Reports on dispensaries and lunatic asylums in the Province of Oudh - 1869-1876
Year: 1869
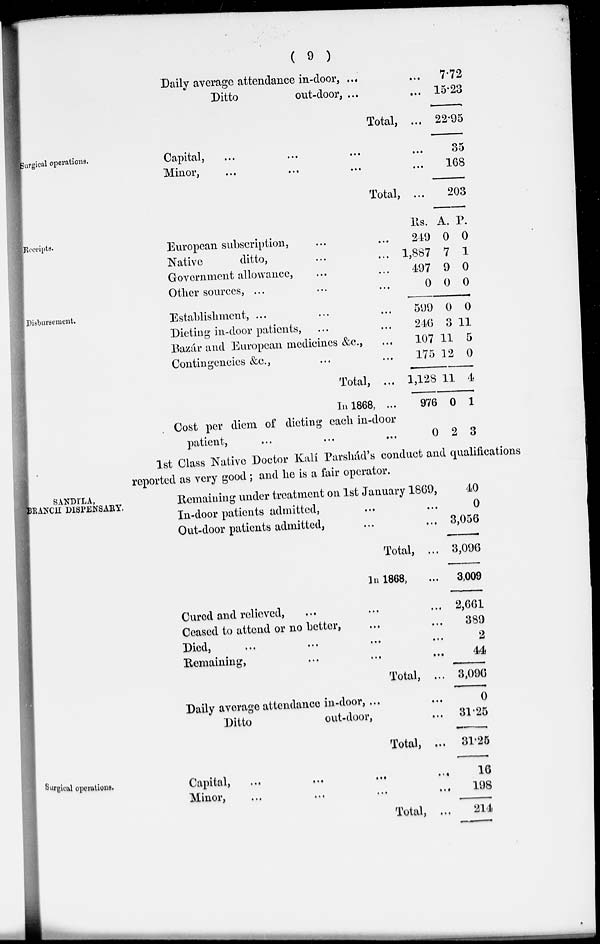
( 9 )
Daily average attendance in-door, ... ...
Ditto
out-door, ... ...
Total, ...
7.72
15.23
22.95
Surgical operations.
Capital, ... ... ... ...
Minor, ... ... ... ...
Total, ...
35
168
203
Receipts.
European subscription, ... ...
Native
ditto, ... ...
Government allowance, ... ...
Other sources, ... ... ...
Rs.
249
1,887
497
0
A.
0
7
9
0
P.
0
1
0
0
Disbursement.
Establishment, ... ... ...
Dieting in-door patients, ... ...
Bazár and European medicines &c., ...
Contingencies &c., ... ...
Total, ...
In 1868, ...
Cost per diem of dieting each in-door
patient, ... ... ...
599
246
107
175
1,128
976
0
0
3
11
12
11
0
2
0
11
5
0
4
1
3
1st Class Native Doctor Kalí Parshád's conduct and qualifications
reported as very good ; and he is a fair operator.
SANDILA,
BRANCH DISPENSARY.
Remaining under treatment on 1st January 1869,
In-door patients admitted, ... ...
Out-door patients admitted, ... ...
Total, ...
In 1868, ...
Cured and relieved, ... ... ...
Ceased to attend or no bettor, ... ...
Died,
...
...
...
...
Remaining, ... ... ...
Total, ...
Daily average attendance in-door, ... ...
Ditto
out-door, ...
Total, ...
40
0
3,056
3,096
3,009
2,661
389
2
44
3,096
0
31.25
31.25
Surgical operations.
Capital,
...
...
...
...
Minor, ... ... ... ...
Total, ...
16
198
214